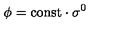
\phi = \mathrm { c o n s t } \cdot \sigma ^ { 0 }